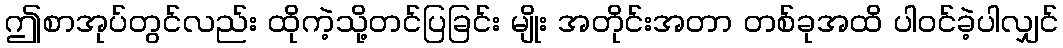
ဤစာအုပ်တွင်လည်း ထိုကဲ့သို့တင်ပြခြင်း မျိုး အတိုင်းအတာ တစ်ခုအထိ ပါဝင်ခဲ့ပါလျှင်